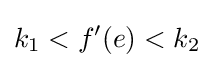
k_{1}<f'(e)<k_{2}